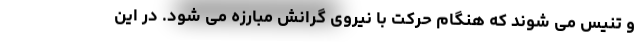
و تنیس می شوند که هنگام حرکت با نیروی گرانش مبارزه می شود. در این